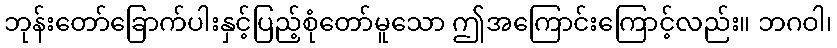
ဘုန်းတော်ခြောက်ပါးနှင့်ပြည့်စုံတော်မူသော ဤအကြောင်းကြောင့်လည်း။ ဘဂဝါ၊